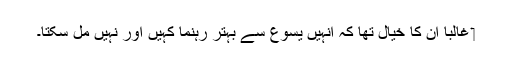
‏ غالباً اُن کا خیال تھا کہ اُنہیں یسوع سے بہتر رہنما کہیں اَور نہیں مل سکتا۔